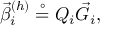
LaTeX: \vec { \beta } _ { i } ^ { ( h ) } \stackrel { \circ } { = } { Q } _ { i } \vec { G } _ { i } ,